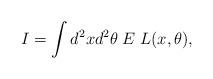
LaTeX: \begin{align*} I = \int d^2x d^2\theta\; E\; L(x, \theta),\end{align*}